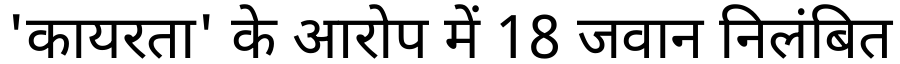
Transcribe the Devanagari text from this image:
'कायरता' के आरोप में 18 जवान निलंबित